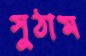
সুঠাম